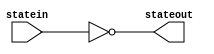
module continuoud(statein,stateout);
input statein;
output stateout;
assign stateout = ~statein;
endmodule